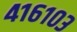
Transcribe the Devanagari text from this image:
४१६१०३